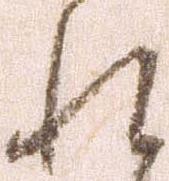
れ